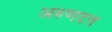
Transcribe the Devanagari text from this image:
अरुणदत्त